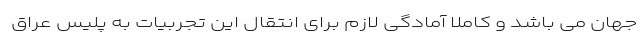
جهان می باشد و کاملا آمادگی لازم برای انتقال این تجربیات به پلیس عراق